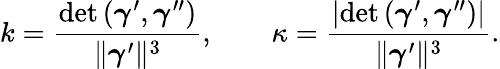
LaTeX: k={\frac{\operatorname*{det}\left({\boldsymbol{\gamma}}^{\prime},{\boldsymbol{\gamma}}^{\prime\prime}\right)}{\| {\boldsymbol{\gamma}}^{\prime}\| ^{3}}},\qquad\kappa={\frac{\left|\operatorname*{det}\left({\boldsymbol{\gamma}}^{\prime},{\boldsymbol{\gamma}}^{\prime\prime}\right)\right|}{\| {\boldsymbol{\gamma}}^{\prime}\| ^{3}}}.